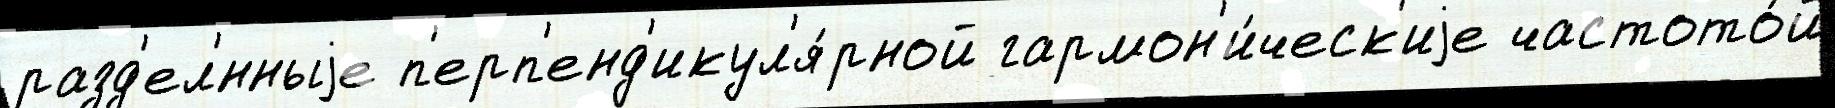
разд'ел'́нныjе п'ерп'енд'икул'я́рной гармон'и́ческ'иjе частото́й